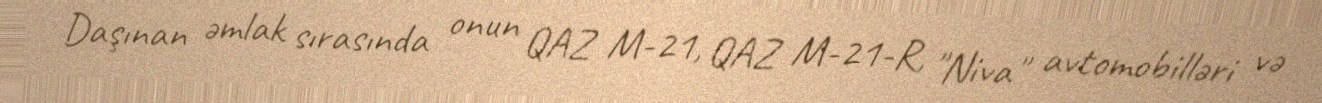
Daşınan əmlak sırasında onun QAZ M-21, QAZ M-21-R, "Niva" avtomobilləri və